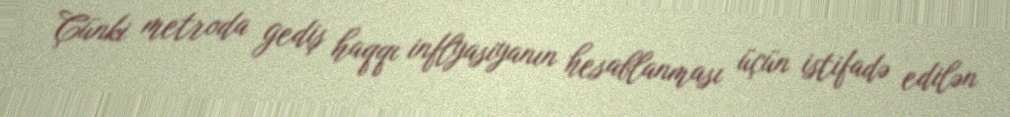
Çünki metroda gediş haqqı inflyasiyanın hesablanması üçün istifadə edilən